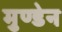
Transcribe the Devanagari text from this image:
मुण्‍डेन